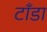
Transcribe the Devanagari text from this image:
टाँडा